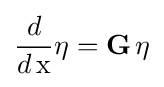
{\frac {d}{d\,{\rm {x}}}}{\eta }=\mathbf {G} \,\eta